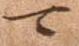
可